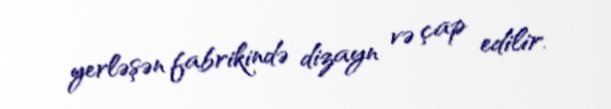
yerləşən fabrikində dizayn və çap edilir.